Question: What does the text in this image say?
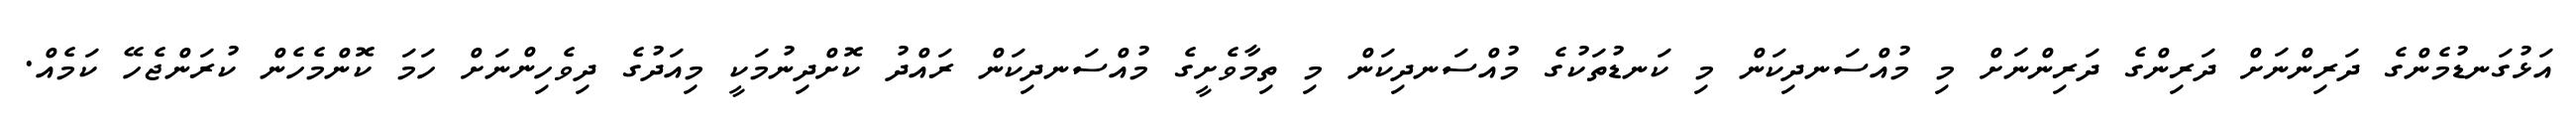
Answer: އަޅުގަނޑުމެންގެ ދަރިންނަށް ދަރިންގެ ދަރިންނަށް މި މުއްސަނދިކަން މި ކަނޑުތަކުގެ މުއްސަނދިކަން މި ތިމާވެށީގެ މުއްސަނދިކަން ރައްދު ކޮށްދިނުމަކީ މިއަދުގެ ދިވެހިންނަށް ހަމަ ކޮންމެހެން ކުރަންޖެހޭ ކަމެއް.